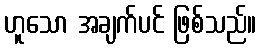
ဟူသော အချက်ပင် ဖြစ်သည်။